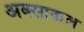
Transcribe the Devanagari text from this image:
अक्साकल